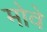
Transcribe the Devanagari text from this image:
मोवे